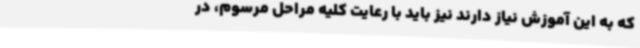
که به این آموزش نیاز دارند نیز باید با رعایت کلیه مراحل مرسوم، در